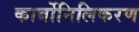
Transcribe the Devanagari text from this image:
कार्बोनिलिकरण